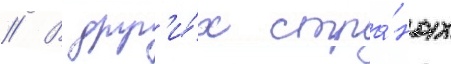
// В друг'и́х стра́нах